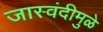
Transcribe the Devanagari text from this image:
जास्वंदीमुळे